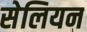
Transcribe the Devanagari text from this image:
सेलियन